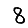
Digit: 8